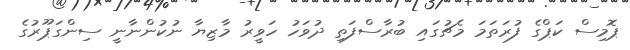
ޕޮމިސް ކަޕްގެ ފުރަތަމަ މެޗުގައި ބުރާސްފަތި ދުވަހު ހަވީރު މާޒިޔާ ނުކުންނާނީ ސިންގަޕޫރުގެ